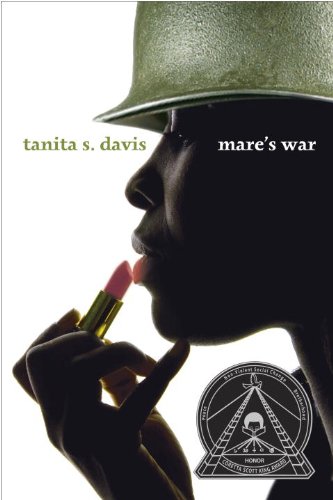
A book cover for Mare's War; Tanita S. Davis; Teen & Young Adult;